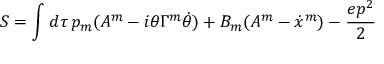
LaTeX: S = \int d \tau \, p _ { m } ( A ^ { m } - i \theta \Gamma ^ { m } \dot { \theta } ) + B _ { m } ( A ^ { m } - \dot { x } ^ { m } ) - \frac { e p ^ { 2 } } { 2 }